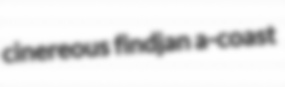
cinereous findjan a-coast